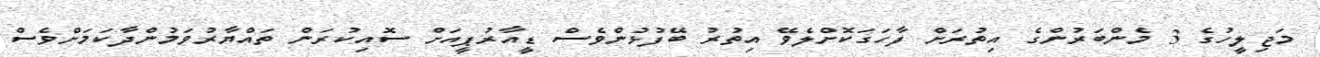
މަޖިލީހުގެ 3 މެންބަރުންގެ އިތުރަށް ފާހަގަކޮށްލެވޭ އިތުރު ބޭފުޅުންވެސް ޑީއާރުޕީއަށް ސޮއިކުރަން ތައްޔާރުވަމުންދާކަމަށްވެސް